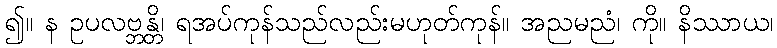
၍။ န ဥပလဗ္ဘန္တိ၊ ရအပ်ကုန်သည်လည်းမဟုတ်ကုန်။ အညမညံ၊ ကို။ နိဿာယ၊